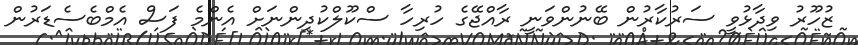
ޒުހޫރު ވިދާޅުވީ ސަރުކާރުން ބޭނުންވަނީ ރާއްޖޭގެ ހުރިހާ ސްކޫލްކުދިންނަށް އެންމެ ފަސް އެމްބެސެޑަރުން